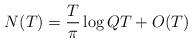
LaTeX: \begin{align*} N(T)=\frac{T}{\pi}\log{QT}+O(T)\end{align*}